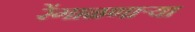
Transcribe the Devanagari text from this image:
रेंगाळणार्‍या